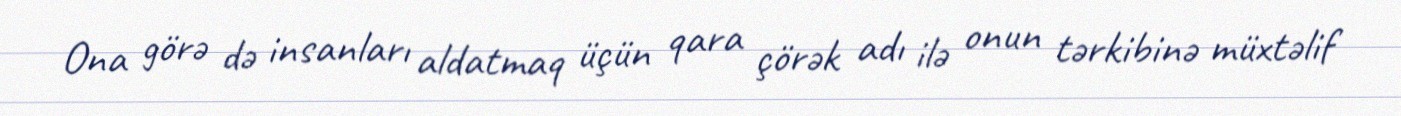
Ona görə də insanları aldatmaq üçün qara çörək adı ilə onun tərkibinə müxtəlif